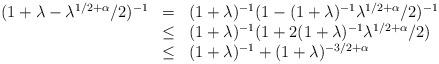
LaTeX: \begin{align*}\begin{array}{rcl}(1+\lambda-\lambda^{1/2+\alpha}/2)^{-1} &=& (1+\lambda)^{-1}(1 -(1+\lambda)^{-1}\lambda^{1/2+\alpha}/2)^{-1} \\& \leq & (1+\lambda)^{-1}(1 + 2(1+\lambda)^{-1}\lambda^{1/2+\alpha}/2) \\&\leq & (1+\lambda)^{-1} + (1+\lambda)^{-3/2+\alpha}\end{array}\end{align*}